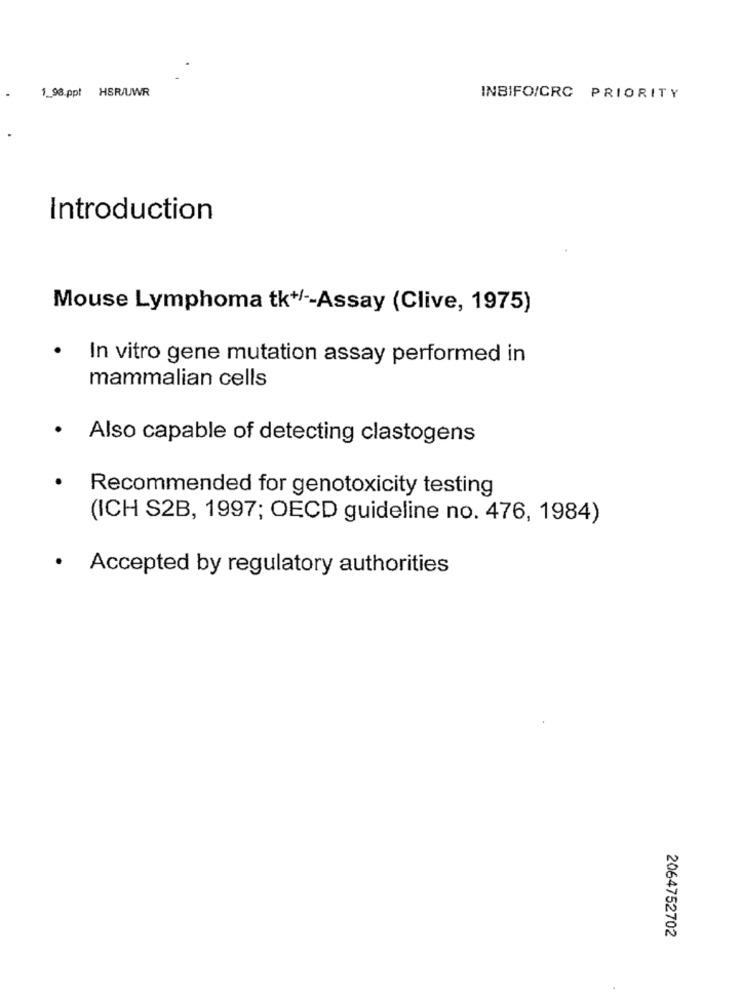
1_98.ppt HSR/UWR
INBIFO/CRC PRIORITY
Introduction
Mouse Lymphoma tk+/ -- Assay (Clive, 1975)
.
In vitro gene mutation assay performed in
mammalian cells
· Also capable of detecting clastogens
Recommended for genotoxicity testing
(ICH S2B, 1997; OECD guideline no. 476, 1984)
· Accepted by regulatory authorities
2064752702